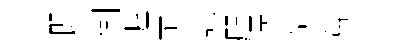
唧側渥丕謡咫慿俗篇